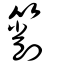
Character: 箾